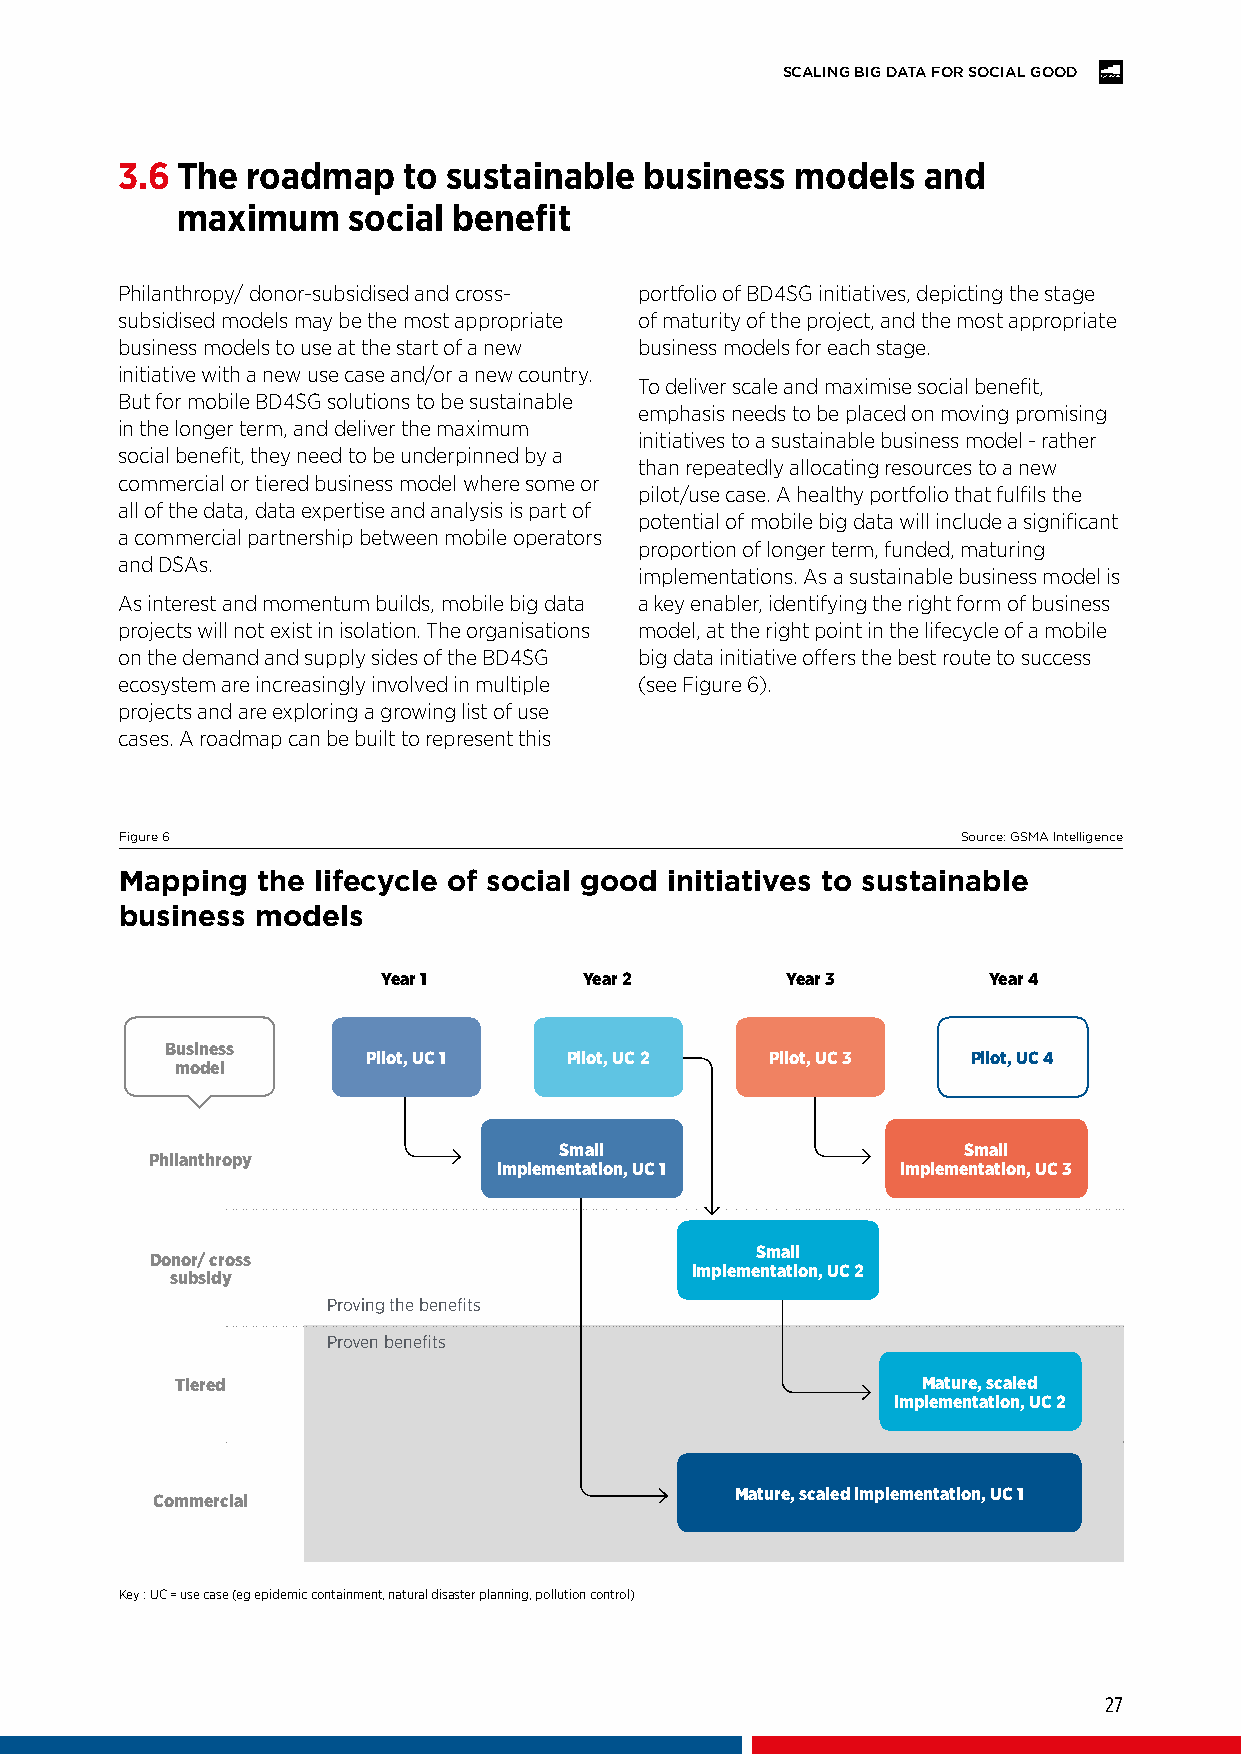
SCALING BIG DATA FOR SOCIAL GOOD
 3.6 The roadmap    to sustainable  business  models  and
 maximum    social benefit
 Philanthropy/ donor-subsidised and cross- portfolio of BD4SG initiatives, depicting the stage
 subsidised models may be the most appropriate of maturity of the project, and the most appropriate
 business models to use at the start of a new business models for each stage.
 initiative with a new use case and/or a new country.
 To deliver scale and maximise social benefit,
 But for mobile BD4SG solutions to be sustainable
 emphasis needs to be placed on moving promising
 in the longer term, and deliver the maximum
 initiatives to a sustainable business model - rather
 social benefit, they need to be underpinned by a
 than repeatedly allocating resources to a new
 commercial or tiered business model where some or
 pilot/use case. A healthy portfolio that fulfils the
 all of the data, data expertise and analysis is part of
 potential of mobile big data will include a significant
 a commercial partnership between mobile operators
 proportion of longer term, funded, maturing
 and DSAs.
 implementations. As a sustainable business model is
 As interest and momentum builds, mobile big data a key enabler, identifying the right form of business
 projects will not exist in isolation. The organisations model, at the right point in the lifecycle of a mobile
 on the demand and supply sides of the BD4SG big data initiative offers the best route to success
 ecosystem are increasingly involved in multiple (see Figure 6).
 projects and are exploring a growing list of use
 cases. A roadmap can be built to represent this
 Figure 6                                                Source: GSMA Intelligence
 Mapping  the lifecycle of social good initiatives to sustainable
 business models
 Year 1        Year 2       Year 3       Year 4
 Business
 Pilot, UC 1   Pilot, UC 2  Pilot, UC 3  Pilot, UC 4
 model
 Small                      Small
 Philanthropy
 implementation, UC 1       implementation, UC 3
 Small
 Donor/ cross
 implementation, UC 2
 subsidy
 Proving the benefits
 Proven benefits
 Tiered                                           Mature, scaled
 implementation, UC 2
 Mature, scaled implementation, UC 1
 Commercial
 Key : UC = use case (eg epidemic containment, natural disaster planning, pollution control)
 27